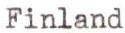
Finland